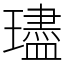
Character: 璶